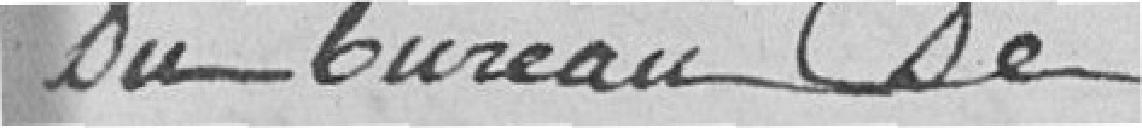
du bureau de